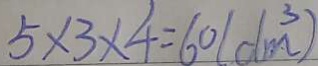
5 \times 3 \times 4 = 6 0 ( d m ^ { 3 } )